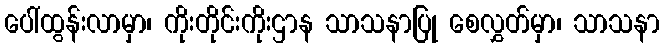
ပေါ်ထွန်းလာမှာ၊ ကိုးတိုင်းကိုးဌာန သာသနာပြု စေလွှတ်မှာ၊ သာသနာ